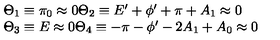
\begin{array} { l } { \Theta _ { 1 } \equiv \pi _ { 0 } \approx 0 \Theta _ { 2 } \equiv E ^ { \prime } + \phi ^ { \prime } + \pi + A _ { 1 } \approx 0 } \\ { \Theta _ { 3 } \equiv E \approx 0 \Theta _ { 4 } \equiv - \pi - \phi ^ { \prime } - 2 A _ { 1 } + A _ { 0 } \approx 0 } \\ \end{array}